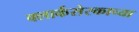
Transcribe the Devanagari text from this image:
क्लार्कसेस्काच्या